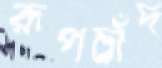
রূপচাঁদ